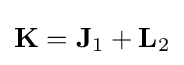
\mathbf {K} =\mathbf {J} _{1}+\mathbf {L} _{2}